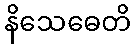
နိသေဓေတိ